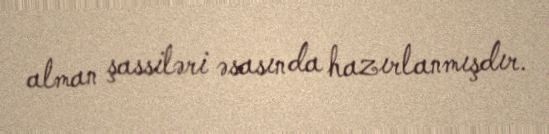
alman şassiləri əsasında hazırlanmışdır.